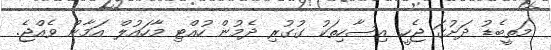
މަތީބެޑު ދަށުގަ ޖެހީ. އިސާހިތަކު ގުގުރި ދެމުން ހުއްޓި މާހައުލް އަމާން ވެއްޖެ.